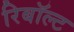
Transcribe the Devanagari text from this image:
रिबॉल्ट